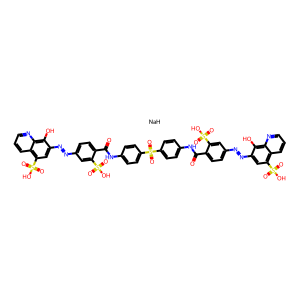
SMILES: O=C(Nc1ccc(S(=O)(=O)c2ccc(NC(=O)c3ccc(N=Nc4cc(S(=O)(=O)O)c5cccnc5c4O)cc3S(=O)(=O)O)cc2)cc1)c1ccc(N=Nc2cc(S(=O)(=O)O)c3cccnc3c2O)cc1S(=O)(=O)O.[NaH]
Inhibits HIV replication: Yes